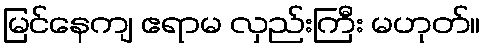
မြင်နေကျ ဧရာမ လှည်းကြီး မဟုတ်။